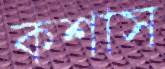
কশাস